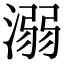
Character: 溺